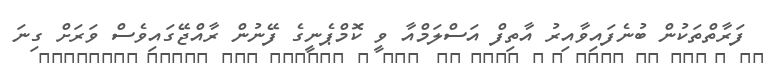
ފަރާތްތަކުން ބުނެފައިވާއިރު އާތިފް އަސްލަމްއާ ވީ ކޮމްޕެނީގެ ފޭނުން ރާއްޖޭގައިވެސް ވަރަށް ގިނަ